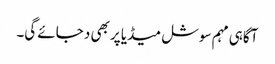
آگاہی مہم سوشل میڈیا پر بھی د جائے گی۔